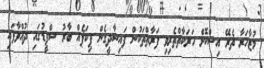
މުޒާހަރާ ތެރޭ އިސްކޮށް ހަރަކާތްތެރިވި ފަރާތްތަކުން ފައިސާދީގެން ޕިކަޕެއް ބާރު ސްޕީޑުގައި ދުއްވާފައި